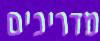
מדריכים